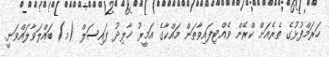
ހަރަމްފުޅުގެ ތެރެއަށް ކްރޭން ވެއްޓިފައިވާތަން މައްކާގެ އަމީރު ޚާލިދު ފައިސަލް (މ) ބައްލަވާލައްވަނީ.